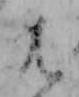
は